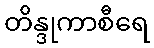
တိန္ဒုကာစီရေ